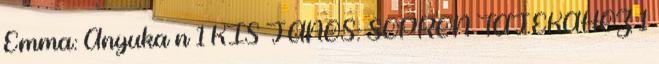
Emma: Anyuka n 1 KIS JÁNOS: SOPRON TÁJÉKÁHOZ 1